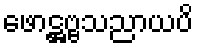
ဖောဋ္ဌဗ္ဗသညာယပိ